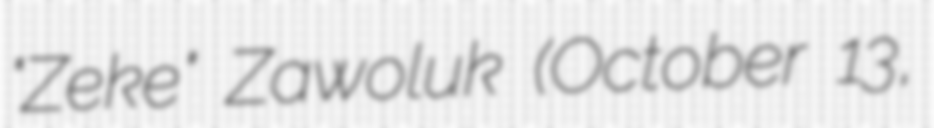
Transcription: "Zeke" Zawoluk (October 13,